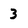
Character: 3